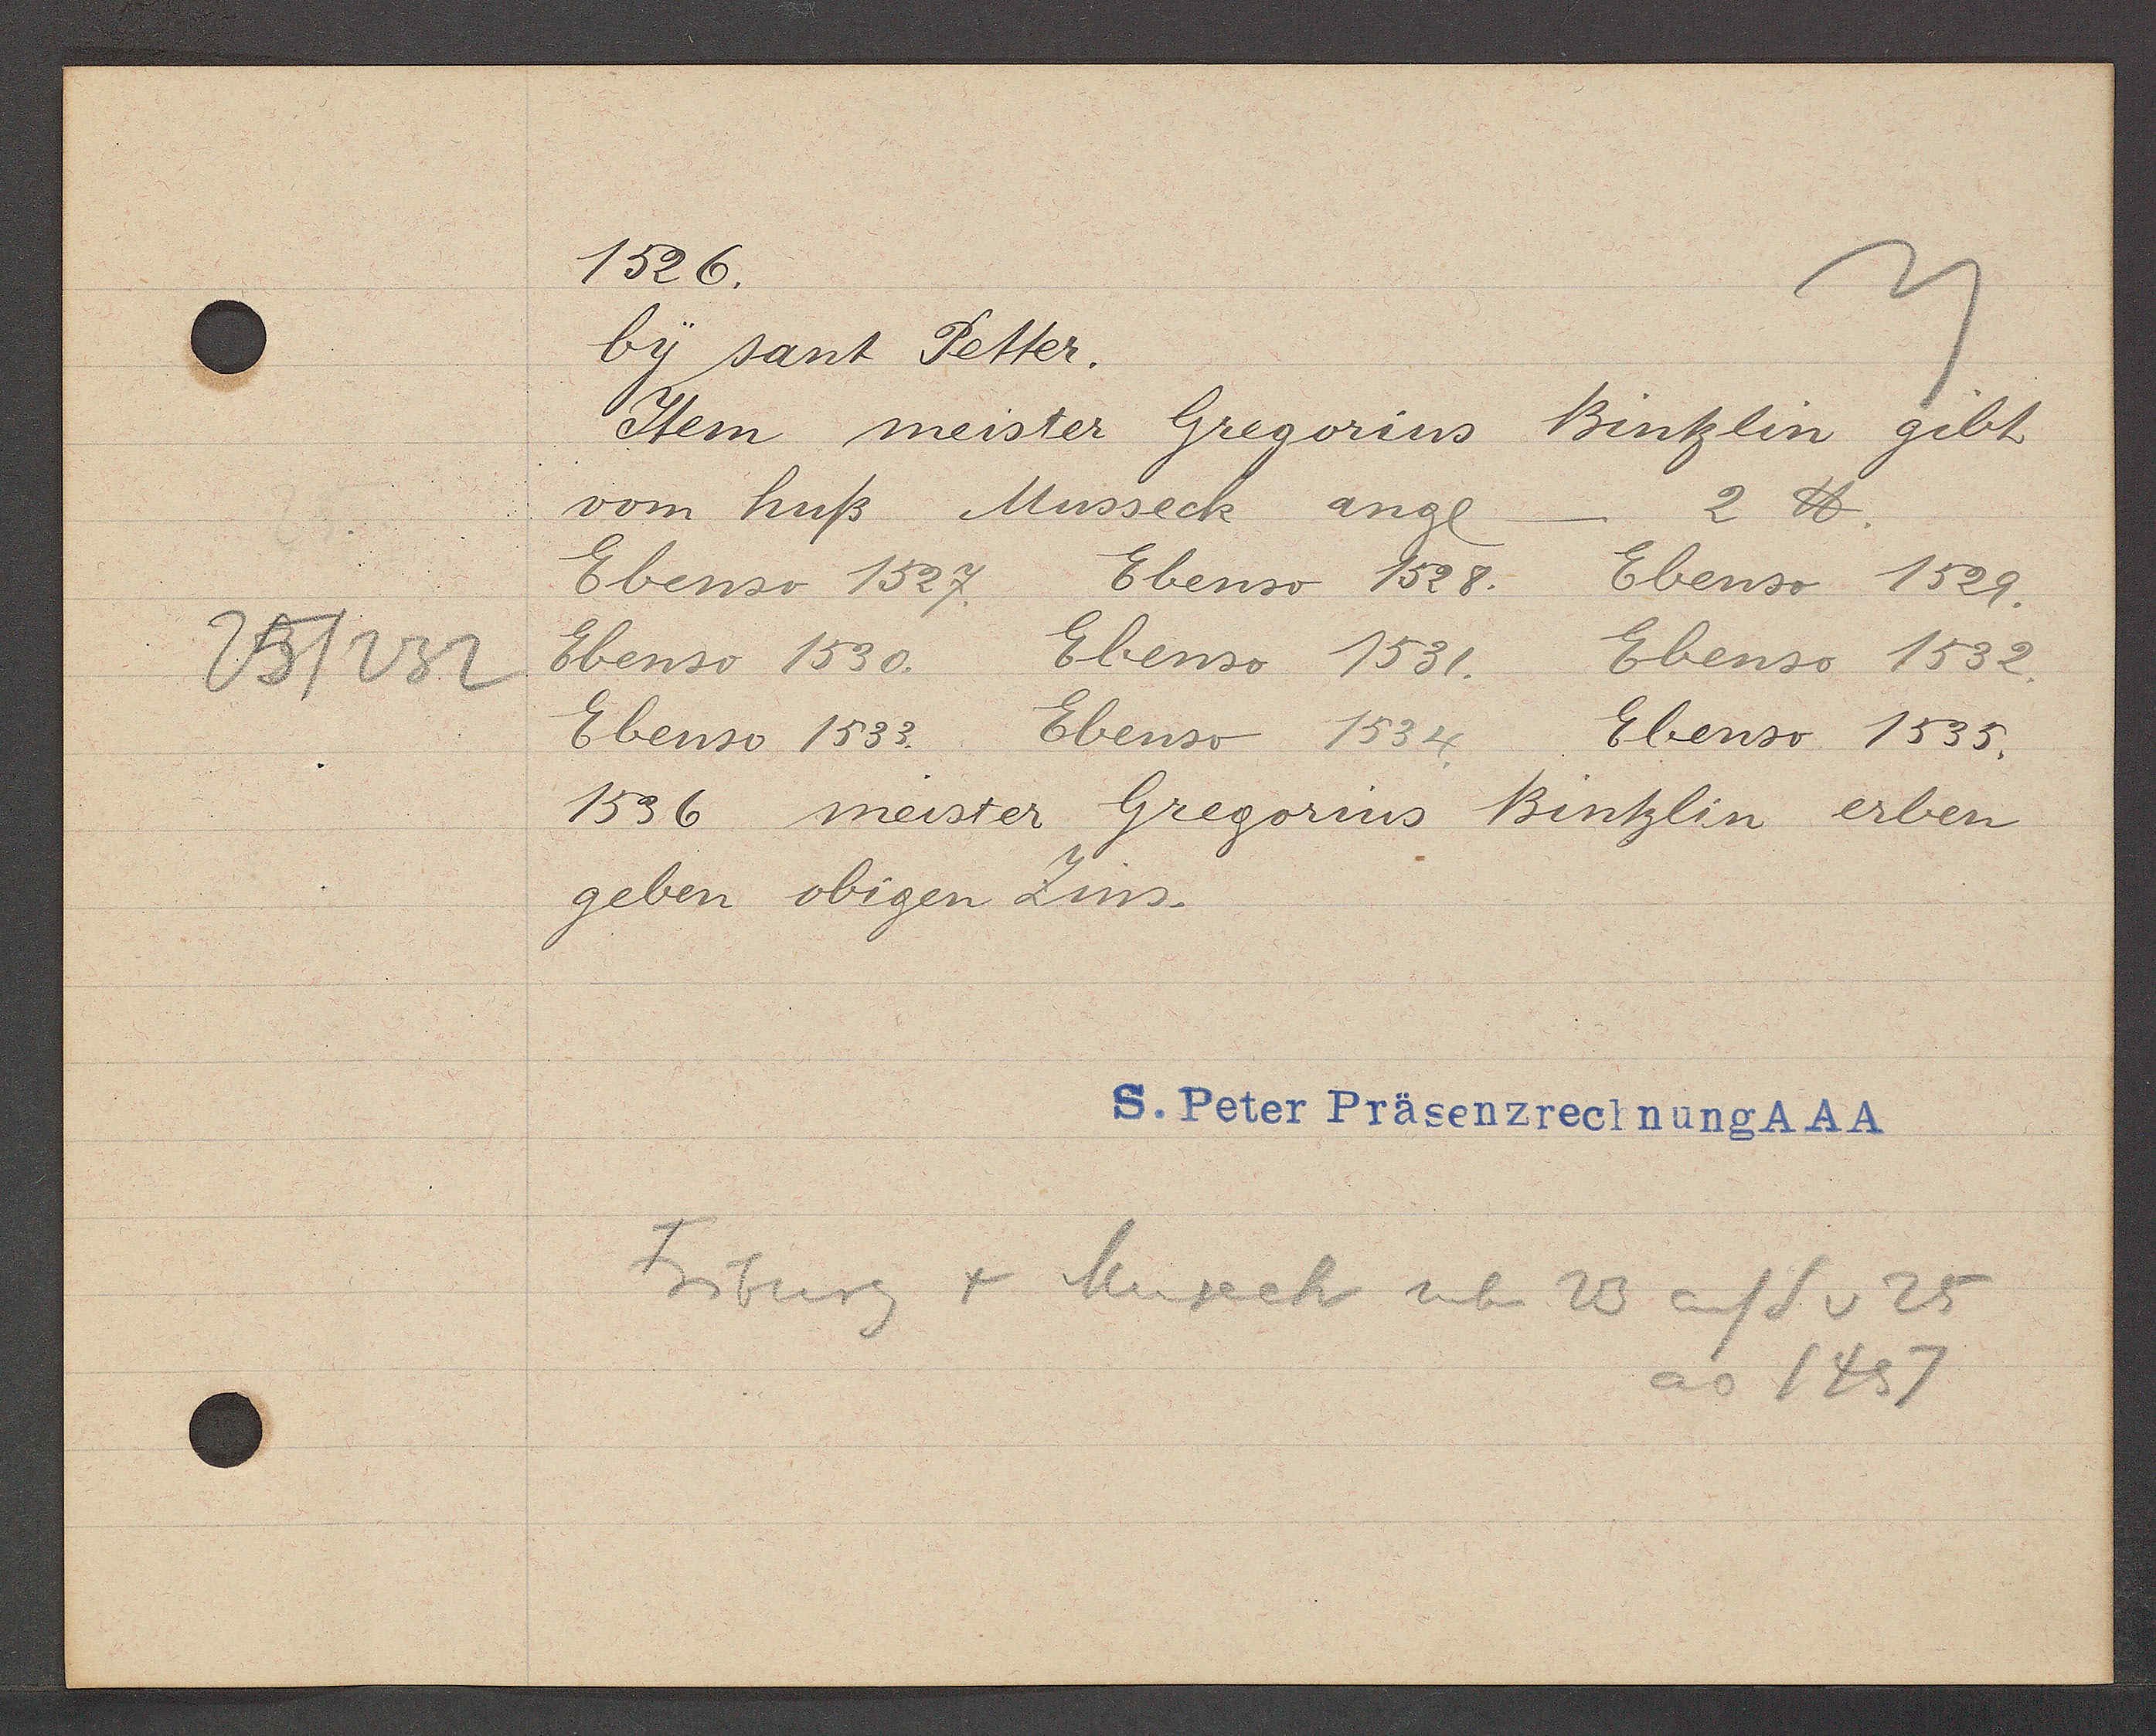
Transcript:
25/232

1526.

by sant Petter.
Item meister Gregorius Bintzlin gibt
vom huß Musseck angl.
I ℔.
Ebenso 1527. Ebenso 1528. Ebenso 1529.
Ebenso 1530. Ebenso 1531. Ebenso 1532.
Ebenso 1533.
Ebenso 1534.
Ebenso 1535.
1536 meister Gregorius Bintzlin erben
geben obigen Zins.

S. Peter Präsenzrechnung AAA

Friburg + Museck neben 23 auf S v 25
ao 1457